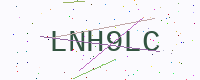
Text: LNH9LC